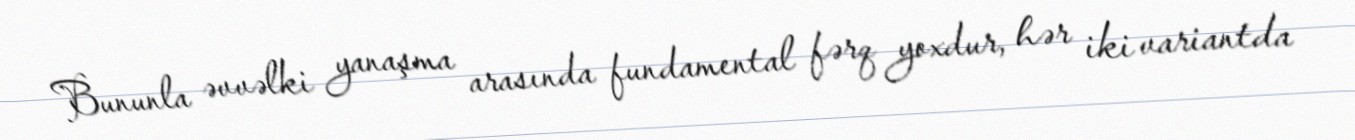
Bununla əvvəlki yanaşma arasında fundamental fərq yoxdur, hər iki variantda